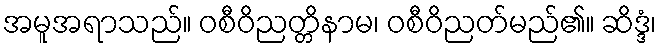
အမူအရာသည်။ ဝစီဝိညတ္တိနာမ၊ ဝစီဝိညတ်မည်၏။ ဆိဒ္ဒံ၊